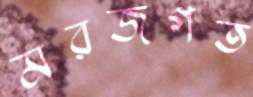
মরজগত